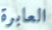
العابرة